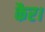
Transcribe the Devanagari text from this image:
कैर।